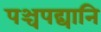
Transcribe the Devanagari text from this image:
पञ्चपद्यानि